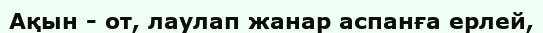
Ақын - от, лаулап жанар аспанға ерлей,